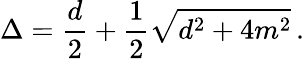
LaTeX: \Delta=\frac{d}{2}+\frac{1}{2}\sqrt{d^{2}+4m^{2}}\, .